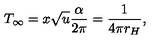
T _ { \infty } = x \sqrt { u } { \frac { \alpha } { 2 \pi } } = { \frac { 1 } { 4 \pi r _ { H } } } ,